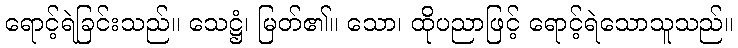
ရောင့်ရဲခြင်းသည်။ သေဋ္ဌံ၊ မြတ်၏။ သော၊ ထိုပညာဖြင့် ရောင့်ရဲသောသူသည်။